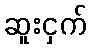
ဆူးငှက်